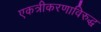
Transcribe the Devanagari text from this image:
एकत्रीकरणाविरुद्ध